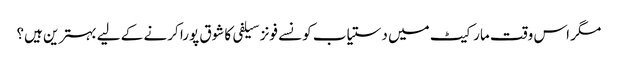
مگر اس وقت مارکیٹ میں دستیاب کونسے فونز سیلفی کا شوق پورا کرنے کے لیے بہترین ہیں؟